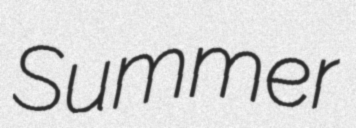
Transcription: Summer